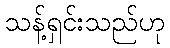
သန့်ရှင်းသည်ဟု